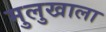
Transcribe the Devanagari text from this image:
मुलुखाला